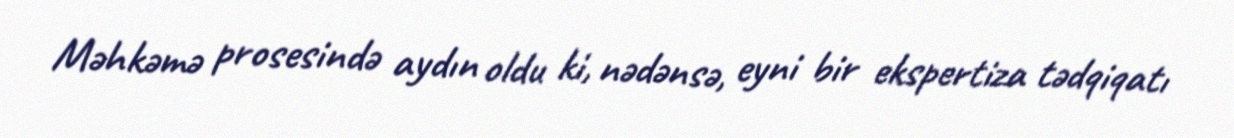
Məhkəmə prosesində aydın oldu ki, nədənsə, eyni bir ekspertiza tədqiqatı